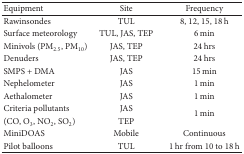
| Equipment | Site | Frequency |
 | --- | --- | --- |
 | Rawinsondes | TUL | 8, 12, 15, 18 h |
 | Surface meteorology | TUL, JAS, TEP | 6 min |
 | Minivols (PM2.5, PM10) | JAS, TEP | 24 hrs |
 | Denuders | JAS, TEP | 24 hrs |
 | SMPS + DMA | JAS | 15 min |
 | Nephelometer | JAS | 1 min |
 | Aethalometer | JAS | 1 min |
 | Criteria pollutants | JAS | <ROWSPAN=2> 1 min |
 | (CO, O3, NO2, SO2) | TEP |
 | MiniDOAS | Mobile | Continuous |
 | Pilot balloons | TUL | 1 hr from 10 to 18 h |